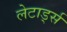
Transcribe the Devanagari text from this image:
लेटार्ड्स